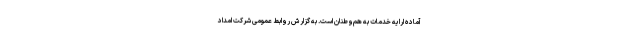
آماده ارایه خدمات به هم‌وطنان است. به گزارش روابط عمومی شرکت امداد